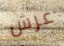
عرش